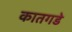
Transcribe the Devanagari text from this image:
कातगडे